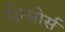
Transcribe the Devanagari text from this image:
सेन्सोर्स